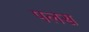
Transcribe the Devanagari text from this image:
पलस